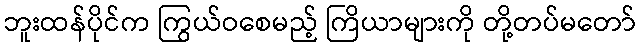
ဘူးထန်ပိုင်က ကြွယ်ဝစေမည့် ကြိယာများကို တို့တပ်မတော်